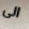
الى